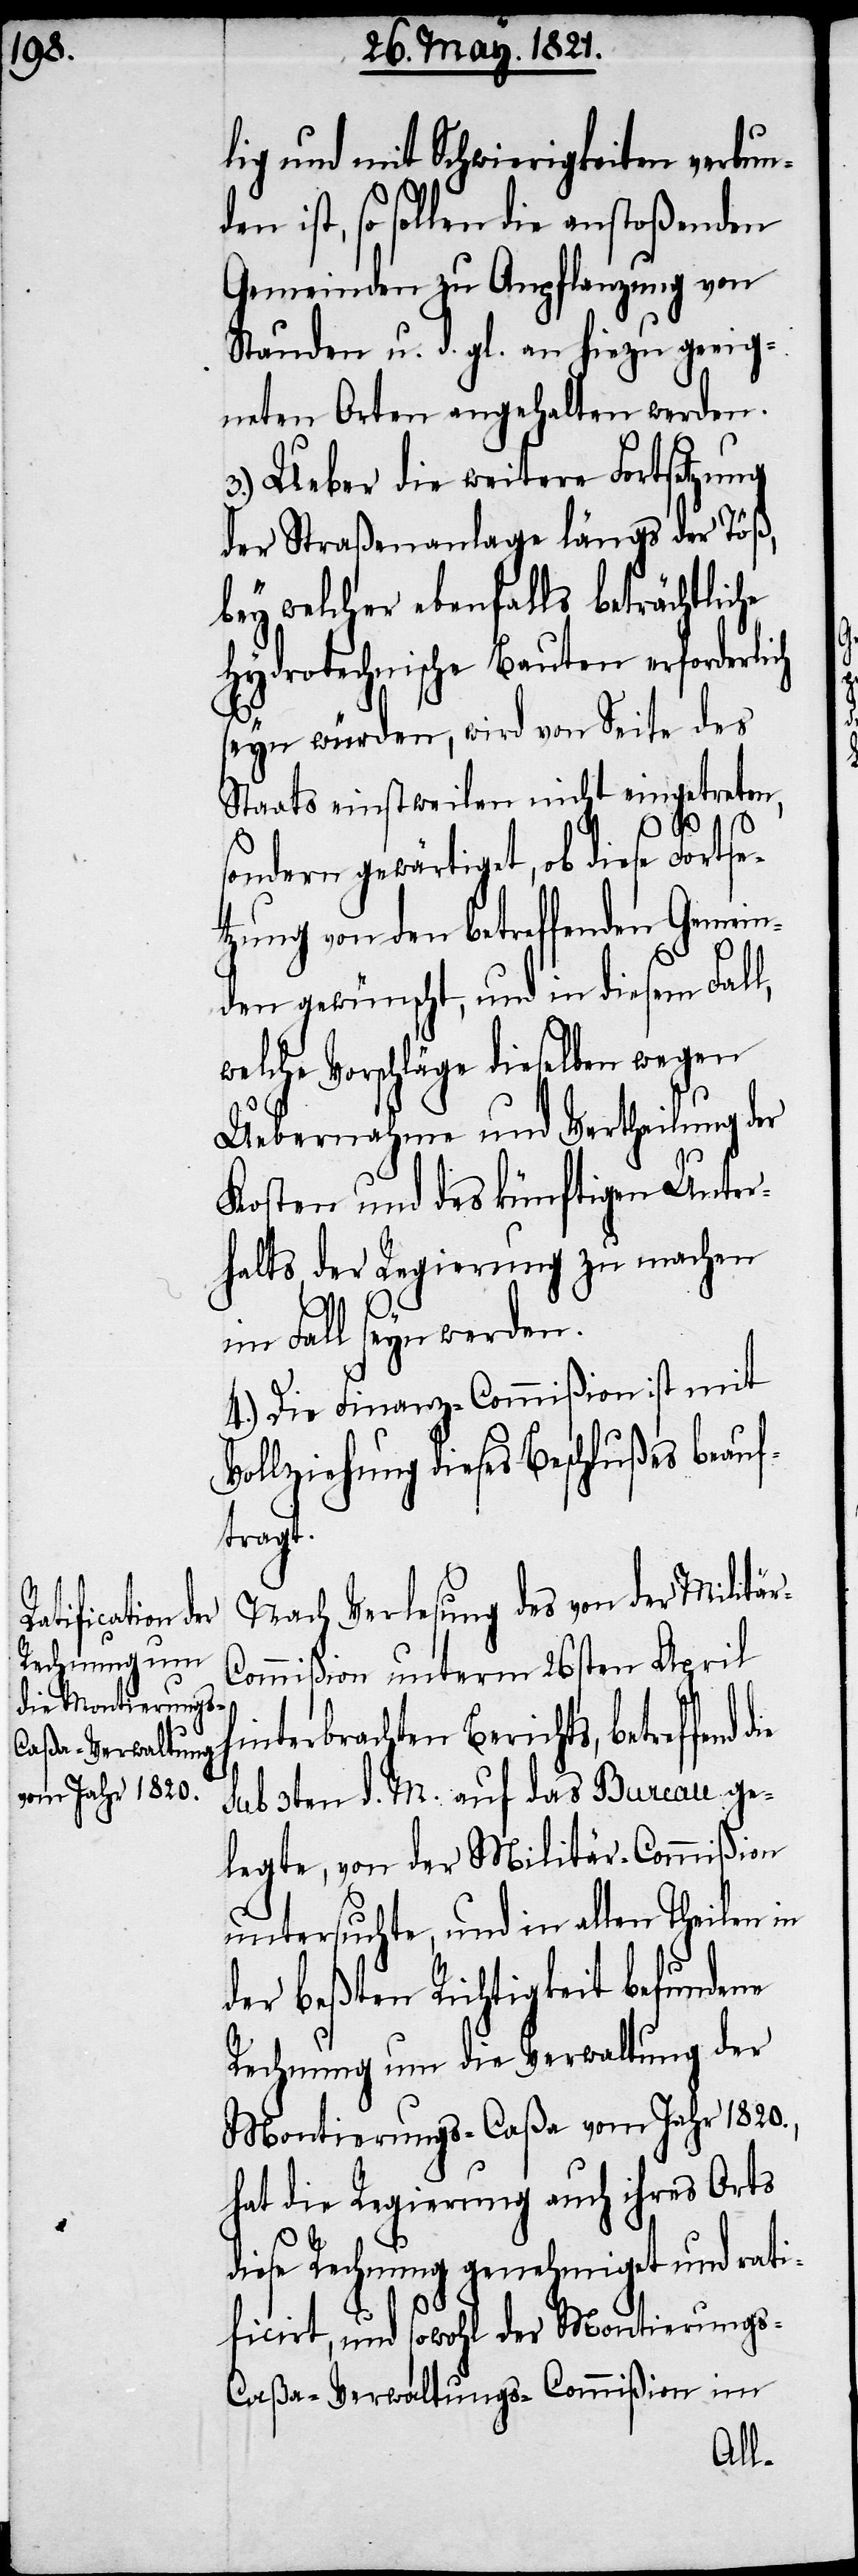
h¬

lig und mit Schwierigkeiten verbun¬
den ist, so sollen die anstoßenden
Gemeinden zu Anpflanzung von
Stauden u. d. gl. an hiezu geeig¬
neten Orten angehalten werden.
Ueber die weitere Fortsetzung
der Straßenanlage längs der Töß,
bey welcher ebenfalls beträchtliche
hydrotechnische Bauten erforderli¬
seyn würden, wird von Seite des
Staats einstweilen nicht eingetreten,
sondern gewärtigt, ob diese Fortse¬
tzung von den betreffenden Gemei¬
nden gewünscht, und in diesem Fall,
welche Vorschläge dieselben wegen
Uebernahme und Vertheilung der
Kosten und des künftigen Unter¬
halts, der Regierung zu machen
im Fall seyn werden.
4.) Die Finanz-Commißion ist mit
Vollziehung dieses Beschlußes beauf¬
tragt.
Nach Verlesung des von der Militä¬
ommißion unterm 26sten April
interbrachten Berichts, betreffend
sub 3ten d. M. auf das Bureau ge¬
legte, von der Militär-Commißion
untersuchte, und in allen Theilen in
der beßten Richtigkeit befundene
Rechnung um die Verwaltung der
Montierungs-Caßa vom Jahr 1820.,
hat die Regierung auch ihres Orts
diese Rechnung genehmiget und rati¬
ficirt, und sowohl der Montierungs-C¬
aßa-Verwaltungs-Commißion im